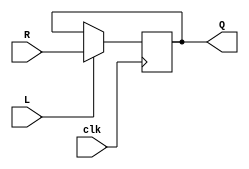
`timescale 1ns / 1ps
//////////////////////////////////////////////////////////////////////////////////
// Company:
// Engineer:
//
// Design Name:
// Module Name: bus
// Project Name:
// Target Devices:
// Tool Versions:
// Description:
//
// Dependencies:
//
// Revision:
// Revision 0.01 - File Created
// Additional Comments:
//
//////////////////////////////////////////////////////////////////////////////////

module regn(R,L, clk, Q);
    parameter n = 8;
    input [n-1:0] R;
    input L, clk;
    output reg [n-1:0] Q;
    always @(posedge clk)
        if(L)
            Q <= R;
endmodule

module bus(reset, clk, w, data, extern, R1, R2, R3, busw, done);
    parameter n = 8;
    input reset, clk, w, extern;
    input [n-1:0] data;
    output [n-1:0] busw, R1, R2, R3;
    reg [n-1:0] busw;
    wire [n-1:0] R1, R2, R3;
    output done;
    wire R1in, R1out, R2in, R2out, R3in, RinExt1, RinExt2;
    reg [2:0] y, Y;
    parameter [2:0] A = 3'b000, B = 3'b001, C = 3'b010, D = 3'b011, E = 3'b100;
    always @(w or y)
        begin
        case(y)
            A: if(w) Y = B;
            else Y = A;
            B : Y = C;
            C : Y = D;
            D : Y = E;
            E : Y = A;
        endcase
        end
    always @(negedge reset or posedge  clk)
        begin
        if (reset == 0) Y <=A;
        else y <= Y;
        end
    assign RinExt1 = (y == A);
    assign RinExt2 = (y == B);
    assign R3in = (y == C);
    assign R1out = (y == C);
    assign R2out = (y == D);
    assign R1in = (y == D);
    assign R3out = (y == E);
    assign R2in = (y == E);
    assign done = (y == E);
    
    always @(extern or R1out or R2out or R3out)
        if (extern) busw = data;
        else if (R1out) busw = R1;
        else if (R2out) busw = R2;
        else if (R3out) busw = R3;
    
    regn reg3(busw, R3in, clk, R3);
    regn reg4(busw, RinExt1 | R1in, clk, R1);
    regn reg5(busw, RinExt2 | R2in, clk, R2);
    
endmodule